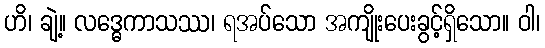
ဟိ၊ ချဲ့။ လဒ္ဓေကာသဿ၊ ရအပ်သော အကျိုးပေးခွင့်ရှိသော။ ဝါ၊